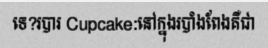
ទេ?របារ Cupcake:នៅក្នុងរបាំងពែងគឺជា